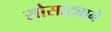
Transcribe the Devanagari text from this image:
सोसाट्याने